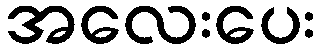
အလေးပေး